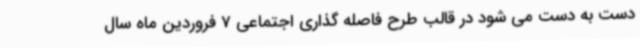
دست به دست می شود در قالب طرح فاصله گذاری اجتماعی 7 فروردین ماه سال